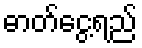
ဓာတ်ငွေ့ရည်